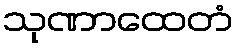
သုဏာထေတံ